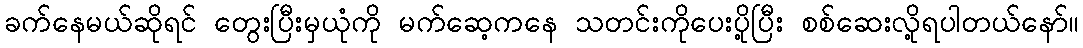
ခက်နေမယ်ဆိုရင် တွေးပြီးမှယုံကို မက်ဆေ့ကနေ သတင်းကိုပေးပို့ပြီး စစ်ဆေးလို့ရပါတယ်နော်။